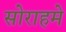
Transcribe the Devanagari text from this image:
सोराहमे